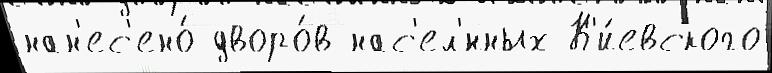
нан'ес'ено́ дворо́в нас'ел'́нных К'и́евского